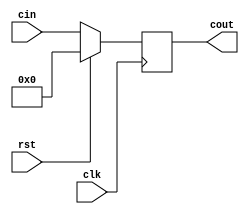
`timescale 1ns / 1ps

module ProgramCounter(clk, rst, cin, cout);

    input clk, rst;
    input [31:0] cin;
    output reg [31:0] cout;

    always @(posedge clk) begin
        if (rst) begin
            cout <= 0;
        end
        else begin
            cout <= cin;
        end
    end
endmodule